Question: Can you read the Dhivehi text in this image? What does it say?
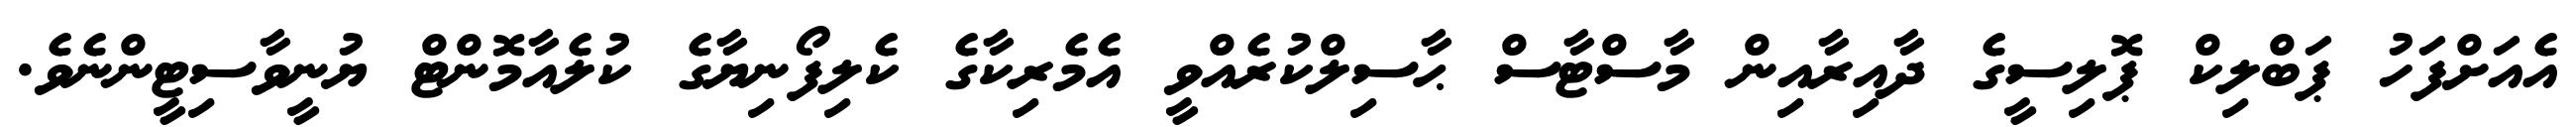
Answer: އެއަށްފަހު ޕަބްލިކް ޕޮލިސީގެ ދާއިރާއިން މާސްޓާސް ޙާސިލްކުރެއްވީ އެމެރިކާގެ ކެލިފޯނިޔާގެ ކުލެއާމޮންޓް ޔުނީވާސިޓީންނެވެ.